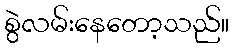
စွဲလမ်းနေတော့သည်။